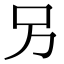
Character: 叧